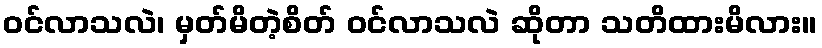
ဝင်လာသလဲ၊ မှတ်မိတဲ့စိတ် ဝင်လာသလဲ ဆိုတာ သတိထားမိလား။